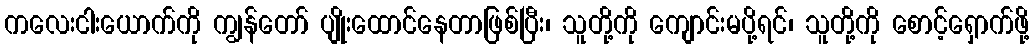
ကလေးငါးယောက်ကို ကျွန်တော် ပျိုးထောင်နေတာဖြစ်ပြီး၊ သူတို့ကို ကျောင်းမပို့ရင်၊ သူတို့ကို စောင့်ရှောက်ဖို့